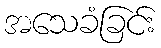
အသေခံခြင်း